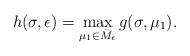
LaTeX: \begin{align*} h(\sigma,\epsilon) = \max_{\mu_1\in \bar{M}_{\epsilon}} g(\sigma, \mu_1). \end{align*}